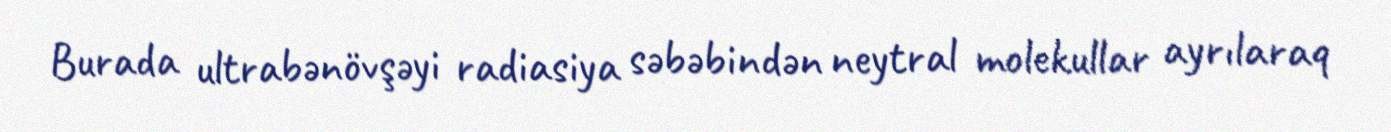
Burada ultrabənövşəyi radiasiya səbəbindən neytral molekullar ayrılaraq